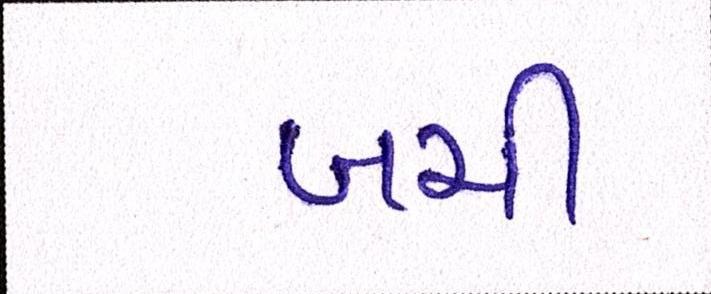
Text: બચી